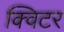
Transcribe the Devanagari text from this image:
क्विटर